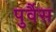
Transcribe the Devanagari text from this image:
पुर्वैस